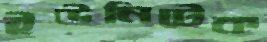
ইউনিটেক